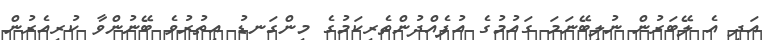
އަދި އެ ލޭބަރުން ނުލިބޭނަމަ ގައުމުގެ އުފެއްދުންތެރިކަމުގެ މިންގަނޑު އިތުރުވެ ބޭނުންވާ ކުރިއެރުން